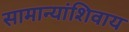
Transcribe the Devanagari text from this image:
सामान्यांशिवाय